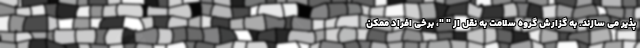
پذیر می سازند. به گزارش گروه سلامت به نقل از " "، برخی افراد ممکن